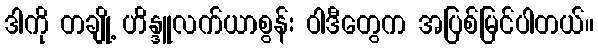
ဒါကို တချို့ ဟိန္ဒူလက်ယာစွန်း ဝါဒီတွေက အပြစ်မြင်ပါတယ်။